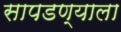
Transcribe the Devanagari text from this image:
सापडण्याला